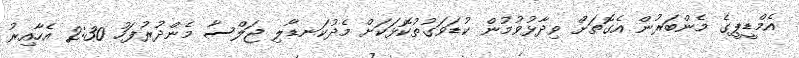
އެމްޑީޕީގެ މެންބަރުން އެގޮތަށް ވިދާޅުވުމުން ކުޑަވަގުތުކޮޅަކަށް މެދުކަނޑާލި ޖަލްސާ މެންދުރުފަހު 2:30 އެހާއިރު